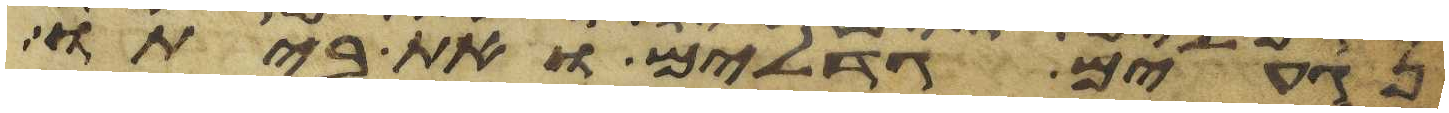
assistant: נגעים גדלים ואת ביתו